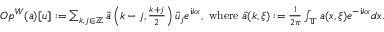
\begin{array} { r } { O p ^ { W } ( \mathfrak { a } ) [ u ] : = \sum _ { { k , j } \in \mathbb { Z } } \widehat { \mathfrak { a } } \left( k - j , \frac { k + j } { 2 } \right) \widehat { u } _ { j } e ^ { \mathrm { i } k x } , \mathrm { ~ w h e r e ~ } \widehat { \mathfrak { a } } ( k , \xi ) : = \frac { 1 } { 2 \pi } \int _ { \mathbb { T } } \mathfrak { a } ( x , \xi ) e ^ { - \mathrm { i } k x } d x . } \end{array}